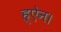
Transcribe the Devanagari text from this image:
ह्ऐन।